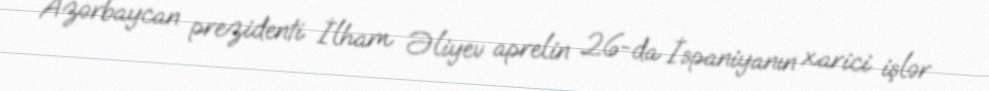
Azərbaycan prezidenti İlham Əliyev aprelin 26-da İspaniyanın xarici işlər